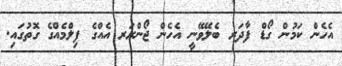
އެހެން ކަމުން ގޯޑް ފާދަރ ބެލޭވޭނީ އެހެން ޖޯންރަރ އެއްގެ ފިލްމެއްގެ ގޮތުގައި.